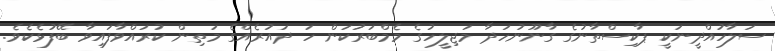
ސަލާހުއްދީނަކީ ޕާކިސްތާނުގެ ގާނޫނުހަދާ މަޖިލީހުގެ މެމްބަރުކަން ހަ ދައުރެއްގެ މަތިން ކުރައްވާފައިވާ ބޭފުޅެކެވެ.